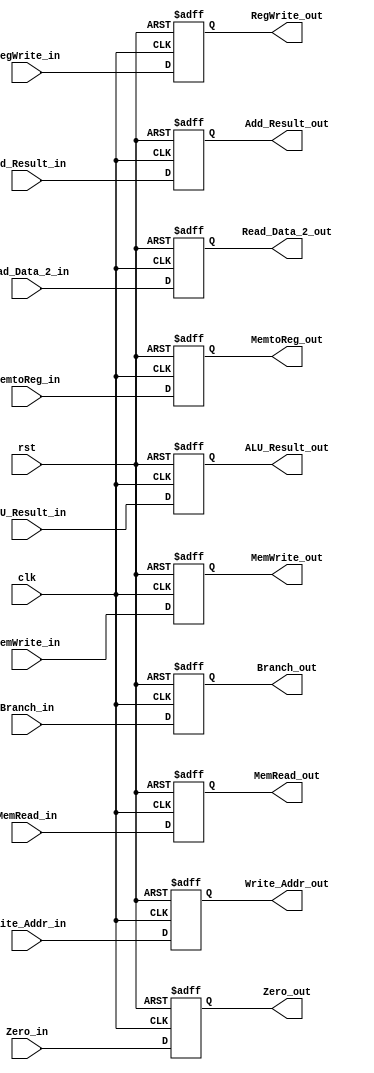
module EX_MEM_Register(RegWrite_out, MemtoReg_out, Branch_out, MemRead_out, MemWrite_out,
	Add_Result_out, ALU_Result_out, Read_Data_2_out, Write_Addr_out, Zero_out,
	RegWrite_in, MemtoReg_in, Branch_in, MemRead_in, MemWrite_in,
	Add_Result_in, ALU_Result_in, Read_Data_2_in, Write_Addr_in, Zero_in, clk, rst);


output RegWrite_out, MemtoReg_out, Branch_out, MemRead_out, MemWrite_out;
reg RegWrite_out, MemtoReg_out, Branch_out, MemRead_out, MemWrite_out;
output [31:0]Add_Result_out, ALU_Result_out, Read_Data_2_out;
reg [31:0]Add_Result_out, ALU_Result_out, Read_Data_2_out;
output [4:0]Write_Addr_out;
reg [4:0]Write_Addr_out;
output Zero_out;
reg Zero_out;


input RegWrite_in, MemtoReg_in, Branch_in, MemRead_in, MemWrite_in;
input [31:0]Add_Result_in, ALU_Result_in, Read_Data_2_in;
input [4:0]Write_Addr_in;
input Zero_in, clk, rst;


always@(posedge clk or posedge rst)
	if(rst)begin
        RegWrite_out<=1'b0;
        MemtoReg_out<=1'b0;
        Branch_out<=1'b0;
        MemRead_out<=1'b0;
        MemWrite_out<=1'b0;

        Add_Result_out<=32'd0;
        ALU_Result_out<=32'd0;
        Read_Data_2_out=32'd0;
        Write_Addr_out<=5'd0;
        Zero_out<=1'b0;
	end
	else begin
        RegWrite_out<=RegWrite_in;
        MemtoReg_out<=MemtoReg_in;
        Branch_out<=Branch_in;
        MemRead_out<=MemRead_in;
        MemWrite_out<=MemWrite_in;
        
        Add_Result_out<=Add_Result_in;
        ALU_Result_out<=ALU_Result_in;
        Read_Data_2_out=Read_Data_2_in;
        Write_Addr_out<=Write_Addr_in;
        Zero_out<=Zero_in;
	end
endmodule